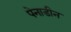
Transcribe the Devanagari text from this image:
पेनाडीन